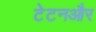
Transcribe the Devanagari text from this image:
टेटनऔर